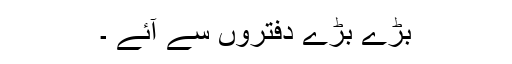
بڑے بڑے دفتروں سے آئے ۔